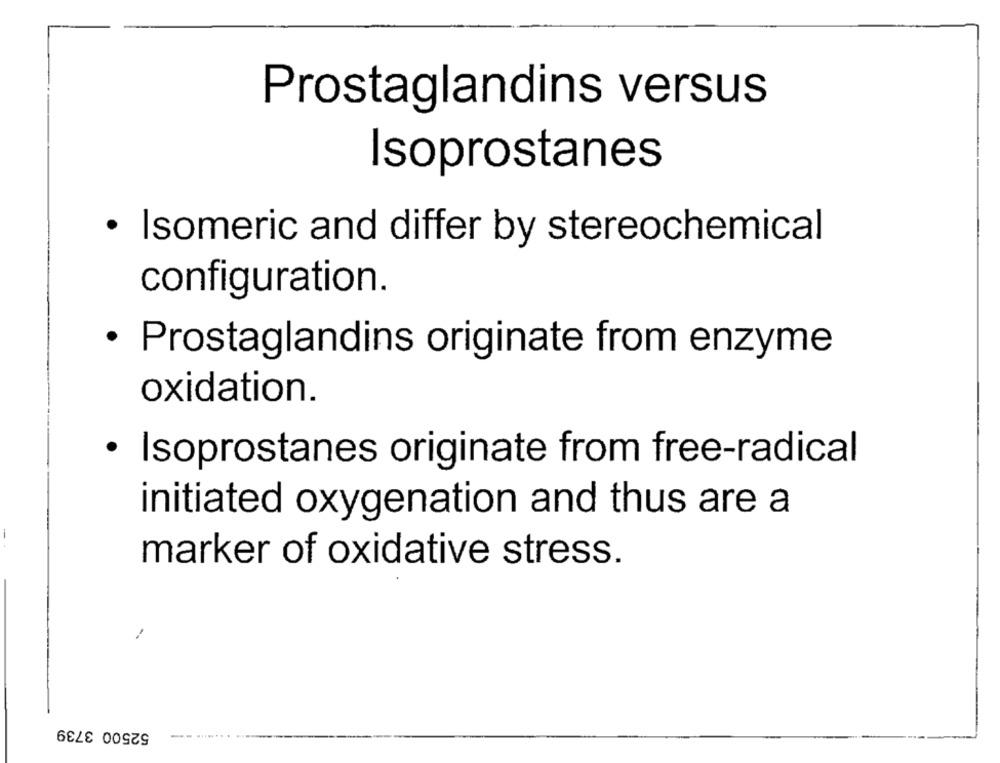
Prostaglandins versus
Isoprostanes
· Isomeric and differ by stereochemical
configuration.
· Prostaglandins originate from enzyme
oxidation.
· Isoprostanes originate from free-radical
initiated oxygenation and thus are a
marker of oxidative stress.
52500 3739
--- ....... ..